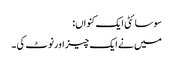
سوسائٹی ایک کنواں:
میں نے ایک چیز اورنوٹ کی ۔